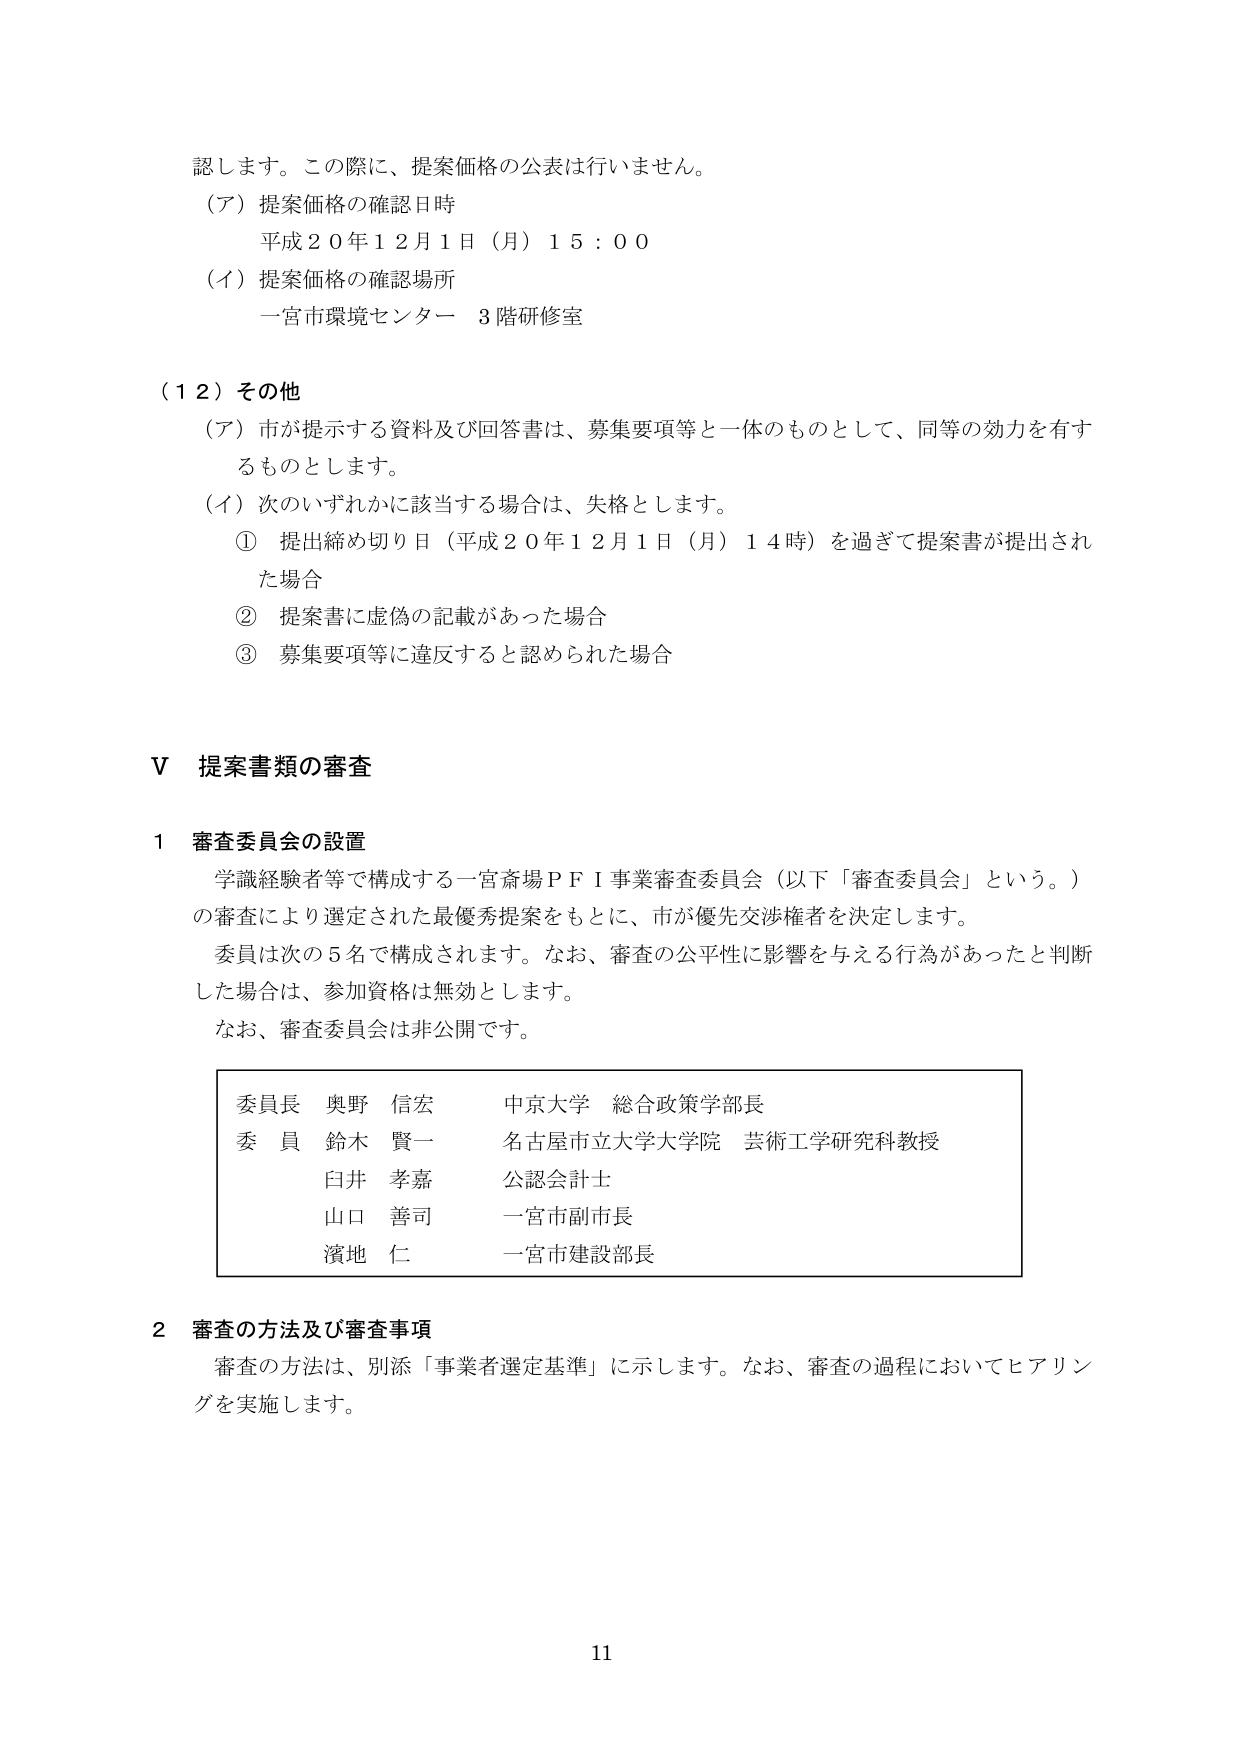
認します。この際に、提案価格の公表は行いません。
（ア）提案価格の確認日時
平成２０年１２月１日（月）１５：００
（イ）提案価格の確認場所
一宮市環境センター ３階研修室

（１２）その他
（ア）市が提示する資料及び回答書は、募集要項等と一体のものとして、同等の効力を有するものとします。
（イ）次のいずれかに該当する場合は、失格とします。
① 提出締め切り日（平成２０年１２月１日（月）１４時）を過ぎて提案書が提出された場合
② 提案書に虚偽の記載があった場合
③ 募集要項等に違反すると認められた場合

Ⅴ 提案書類の審査

１ 審査委員会の設置
学識経験者等で構成する一宮斎場ＰＦＩ事業審査委員会（以下「審査委員会」という。）の審査により選定された最優秀提案をもとに、市が優先交渉権者を決定します。
委員は次の５名で構成されます。なお、審査の公平性に影響を与える行為があったと判断した場合は、参加資格は無効とします。
なお、審査委員会は非公開です。

委員長 奥野 信宏 中京大学 総合政策学部長
委員 鈴木 賢一 名古屋市立大学大学院 芸術工学研究科教授
臼井 孝嘉 公認会計士
山口 善司 一宮市副市長
濱地 仁 一宮市建設部長

２ 審査の方法及び審査事項
審査の方法は、別添「事業者選定基準」に示します。なお、審査の過程においてヒアリングを実施します。

11